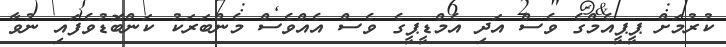
ކުރުމަށް ޕީޕީއެމްގެ ވެސް އަދި އެމްޑީޕީގެ ވެސް އެއްވެސް މެންބަރަކު ކަންބޮޑުވެފައި ނުވާ